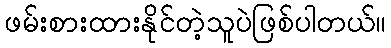
ဖမ်းစားထားနိုင်တဲ့သူပဲဖြစ်ပါတယ်။